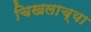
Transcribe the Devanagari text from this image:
चिखलाच्या